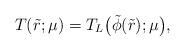
LaTeX: \begin{align*}T(\tilde{r};\mu) = T_L \big( \tilde{\phi}(\tilde{r}); \mu \big),\end{align*}